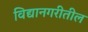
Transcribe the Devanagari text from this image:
विद्यानगरीतील